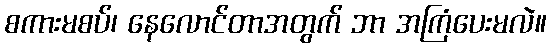
စကားမစပ်၊ နေလောင်တာအတွက် ဘာ အကြံပေးမလဲ။